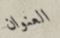
العنوان